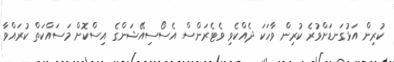
ކުރިން އަޅުގަނޑަށްވުރެ ކުރިން ވާހަކަ ދެއްކެވި ވެޓެރަންސް އެސޯސިއޭޝަންގެ އިސްކޮށް މަސައްކަތް ކުރައްވާ